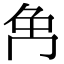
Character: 𠕗